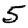
Digit: 5